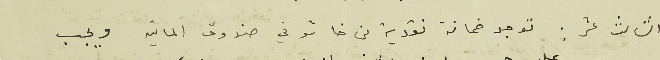
الثالث عشر : توجد ضمانة نقدية من خاشو في صندوق المالية ويجب